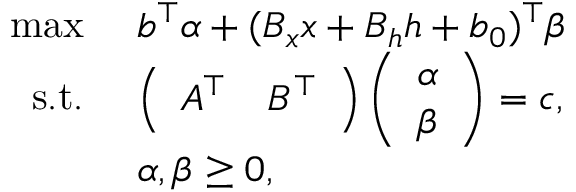
\begin{array} { r l } { \operatorname* { m a x } \ } & { b ^ { \top } \alpha + ( B _ { x } x + B _ { h } h + b _ { 0 } ) ^ { \top } \beta } \\ { \mathrm { s . t . } \ } & { \left( \begin{array} { l l } { A ^ { \top } } & { B ^ { \top } } \end{array} \right) \left( \begin{array} { l } { \alpha } \\ { \beta } \end{array} \right) = c , } \\ & { \alpha , \beta \geq 0 , } \end{array}